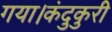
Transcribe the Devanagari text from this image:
गया।कंदुकुरी